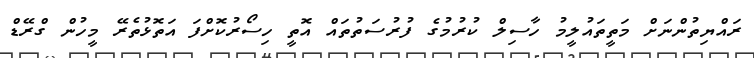
ރައްޔިތުންނަށް މަތީތައުލީމު ހާސިލް ކުރުމުގެ ފުރުސަތުތައް އޮތީ ހިސޯރުކޮށްފަ އަތޮޅުތެރޭ މީހުން ގްރޭޑް